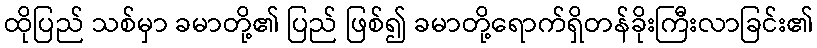
ထိုပြည် သစ်မှာ ခမာတို့၏ ပြည် ဖြစ်၍ ခမာတို့ရောက်ရှိတန်ခိုးကြီးလာခြင်း၏